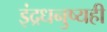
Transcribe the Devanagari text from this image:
इंद्रधनुष्यही